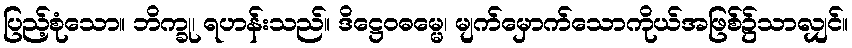
ပြည့်စုံသော။ ဘိက္ခု၊ ရဟန်းသည်။ ဒိဋ္ဌေဝဓမ္မေ၊ မျက်မှောက်သောကိုယ်အဖြစ်၌သာလျှင်။